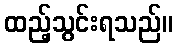
ထည့်သွင်းရသည်။